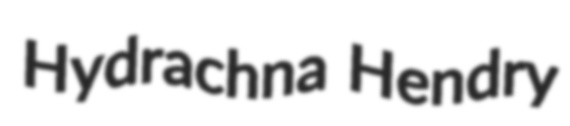
Hydrachna Hendry